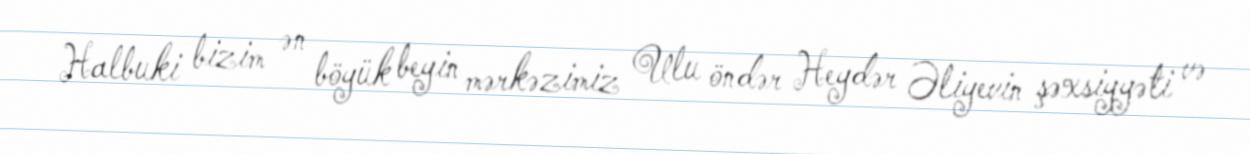
Halbuki bizim ən böyük beyin mərkəzimiz Ulu öndər Heydər Əliyevin şəxsiyyəti və